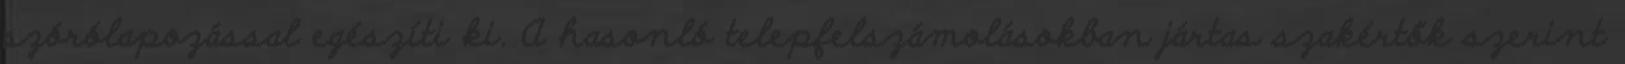
szórólapozással egészíti ki. A hasonló telepfelszámolásokban jártas szakértők szerint